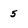
Character: 5